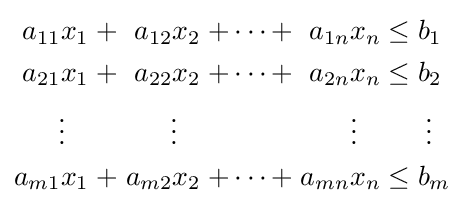
{\begin{alignedat}{7}a_{11}x_{1}&&\;+\;&&a_{12}x_{2}&&\;+\cdots +\;&&a_{1n}x_{n}&&\;\leq \;&&&b_{1}\\a_{21}x_{1}&&\;+\;&&a_{22}x_{2}&&\;+\cdots +\;&&a_{2n}x_{n}&&\;\leq \;&&&b_{2}\\\vdots \;\;\;&&&&\vdots \;\;\;&&&&\vdots \;\;\;&&&&&\;\vdots \\a_{m1}x_{1}&&\;+\;&&a_{m2}x_{2}&&\;+\cdots +\;&&a_{mn}x_{n}&&\;\leq \;&&&b_{m}\\\end{alignedat}}